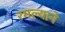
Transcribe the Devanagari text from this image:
रमल्याने